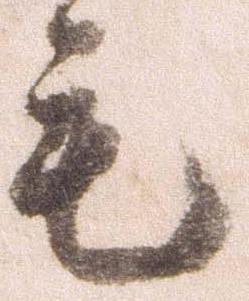
毛